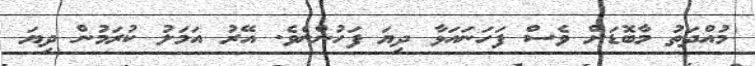
މުއްދަތު މާބޮޑަށް ވެސް ފަހަނައަޅާ ދިޔަ ފަހުންނެވެ. އޭރު އަމަލު ކުރަމުން ދިޔަ